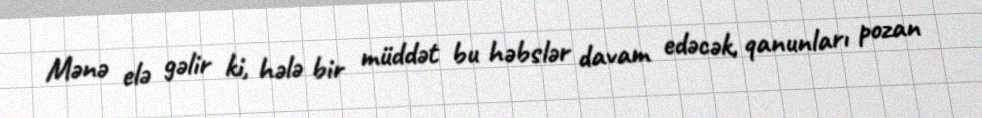
Mənə elə gəlir ki, hələ bir müddət bu həbslər davam edəcək, qanunları pozan